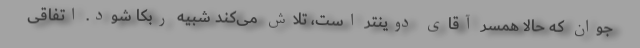
جوان که حالا همسر آقای دوینتر است، تلاش می‌کند شبیه ربکا شود. اتفاقی